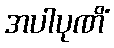
အပါပုဏိံ